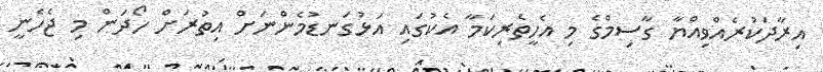
އިރާދަކުރެއްވިއްޔާ ގާސިމްގެ މި އެހީތެރިކަމާ އެކުގައި އަޅުގަނޑުމެންނަށް އިތުރަށް ހޯދަން މި ޖެހެނީ